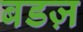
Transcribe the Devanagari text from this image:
बडज़